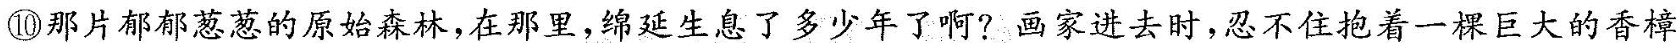
⑩那片郁郁葱葱的原始森林，在那里，绵延生息了多少年了啊?画家进去时，忍不住抱着一棵巨大的香樟